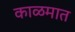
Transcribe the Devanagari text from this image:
काळमात